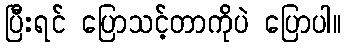
ပြီးရင် ပြောသင့်တာကိုပဲ ပြောပါ။